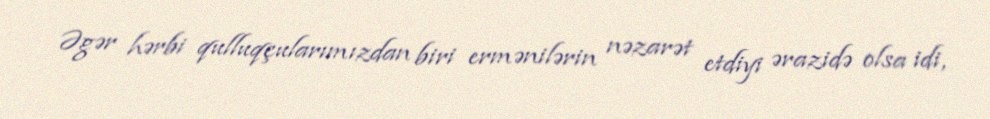
Əgər hərbi qulluqçularımızdan biri ermənilərin nəzarət etdiyi ərazidə olsa idi,